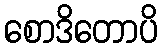
စောဒိတောပိ